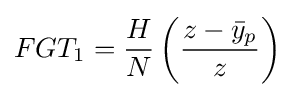
FGT_{1}={\frac {H}{N}}\left({\frac {z-{\bar {y}}_{p}}{z}}\right)